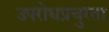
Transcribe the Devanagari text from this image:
उपरोधप्रचुरता